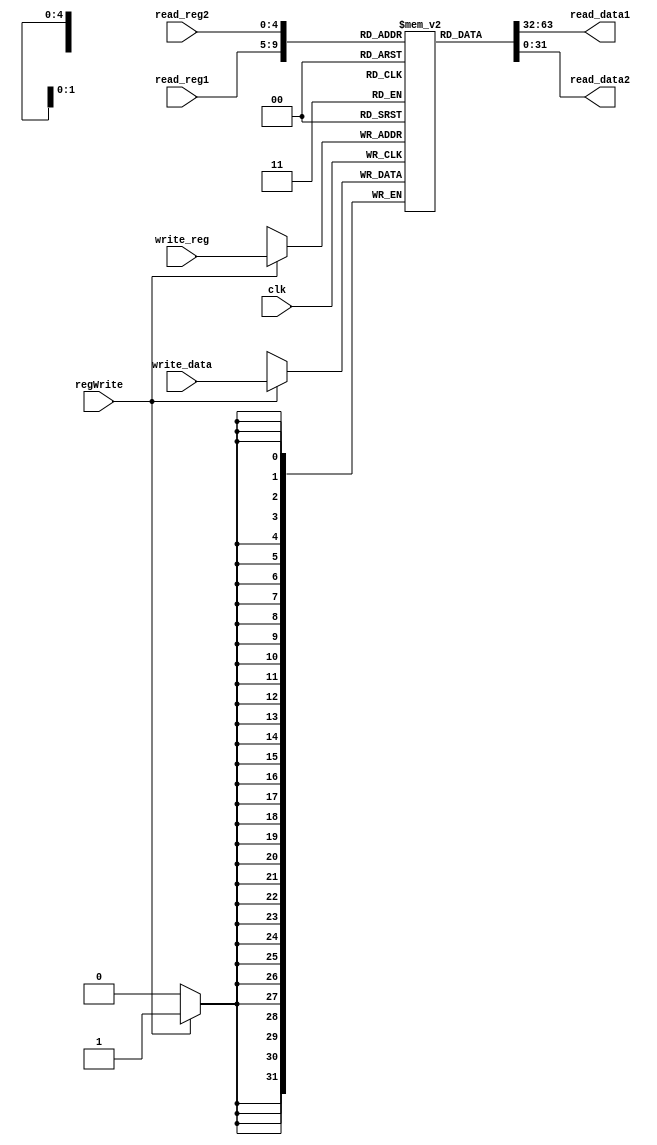
`timescale 1ns / 1ps
//////////////////////////////////////////////////////////////////////////////////
// Company: 
// Engineer: 
// 
// Design Name: 
// Module Name:    RegisterMemory 
// Project Name: 
// Target Devices: 
// Tool versions: 
// Description: 
//
// Dependencies: 
//
// Revision: 
// Revision 0.01 - File Created
// Additional Comments: 
//
//////////////////////////////////////////////////////////////////////////////////
module RegisterMemory(
    input [4:0] read_reg1,
    input [4:0] read_reg2,
    input [4:0] write_reg,
    input [31:0] write_data,
    output [31:0] read_data1,
    output [31:0] read_data2,
    input regWrite,
	 input clk
    );
	 
	 reg[31:0] regmem[31:0];
	 wire[4:0] reg_address1 = read_reg1[4:0];
	 wire[4:0] reg_address2 = read_reg2[4:0];
	 wire[4:0] reg_address3 = write_reg[4:0];
	 reg [5:0] i;
	 
	 initial begin
		for(i=0; i<32; i=i+1) begin
			regmem[i] = 32'h00000000;
		end
	end
	
	always @(negedge clk) begin
		if(regWrite) begin
			regmem[write_reg] = write_data;
		end
	end
	assign read_data1 = regmem[read_reg1];
	assign read_data2 = regmem[read_reg2];

endmodule